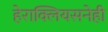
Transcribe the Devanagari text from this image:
हेराक्लियसनेही